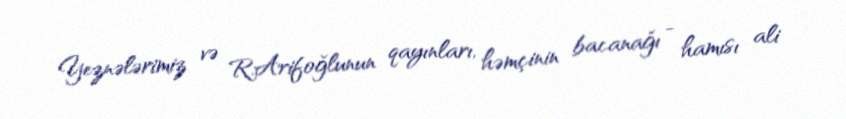
Yeznələrimiz və R.Arifoğlunun qayınları, həmçinin bacanağı - hamısı ali